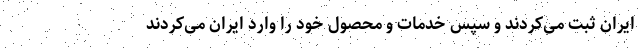
ایران ثبت می‌کردند و سپس خدمات و محصول خود را وارد ایران می‌کردند